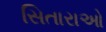
સિતારાઓ